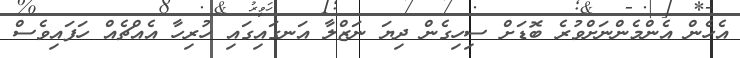
އެހެން އެންމެންނަށްވުރެ ބޮޑަށް ސިހިގެން ދިޔަ ނަޒްލާ އަނގައިގައި ހުރިހާ އެއްޗެއް ހަފައިވެސް